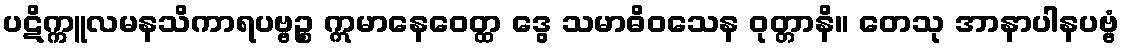
ပဋိက္ကူလမနသိကာရပဗ္ဗဉ္စ ဣမာနေဝေတ္ထ ဒွေ သမာဓိဝသေန ဝုတ္တာနိ။ တေသု အာနာပါနပဗ္ဗံ